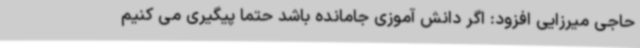
حاجی میرزایی افزود: اگر دانش آموزی جامانده باشد حتما پیگیری می کنیم